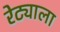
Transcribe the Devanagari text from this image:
रेट्याला